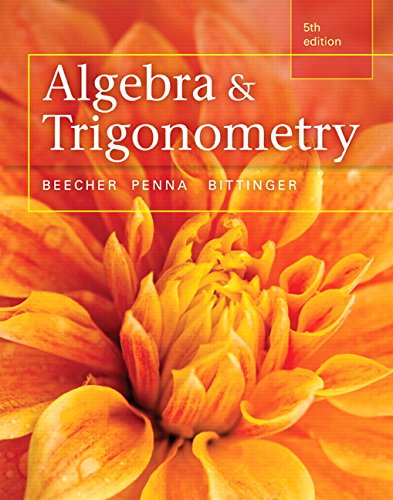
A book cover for Algebra and Trigonometry (5th Edition); Judith A. Beecher; Science & Math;